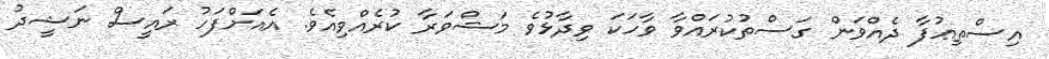
އިސްތިޢުފާ ދެއްވަން ގަސްތުކުރައްވާ ވާހަކަ ވިދާޅުވެ މަޝްވަރާ ކުރެއްވިއެވެ. އެއަށްފަހު ރައީސް ނަޝީދު